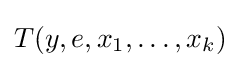
T(y,e,x_{1},\ldots ,x_{k})\!